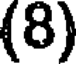
(8)